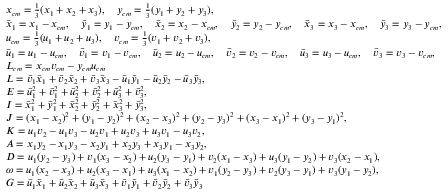
\small \begin{array} { r l } & { x _ { c m } = \frac { 1 } { 3 } ( x _ { 1 } + x _ { 2 } + x _ { 3 } ) , \quad y _ { c m } = \frac { 1 } { 3 } ( y _ { 1 } + y _ { 2 } + y _ { 3 } ) , } \\ & { \Bar { x } _ { 1 } = x _ { 1 } - x _ { c m } , \quad \Bar { y } _ { 1 } = y _ { 1 } - y _ { c m } , \quad \Bar { x } _ { 2 } = x _ { 2 } - x _ { c m } , \quad \Bar { y } _ { 2 } = y _ { 2 } - y _ { c m } , \quad \Bar { x } _ { 3 } = x _ { 3 } - x _ { c m } , \quad \Bar { y } _ { 3 } = y _ { 3 } - y _ { c m } , } \\ & { u _ { c m } = \frac { 1 } { 3 } ( u _ { 1 } + u _ { 2 } + u _ { 3 } ) , \quad v _ { c m } = \frac { 1 } { 3 } ( v _ { 1 } + v _ { 2 } + v _ { 3 } ) , } \\ & { \Bar { u } _ { 1 } = u _ { 1 } - u _ { c m } , \quad \Bar { v } _ { 1 } = v _ { 1 } - v _ { c m } , \quad \Bar { u } _ { 2 } = u _ { 2 } - u _ { c m } , \quad \Bar { v } _ { 2 } = v _ { 2 } - v _ { c m } , \quad \Bar { u } _ { 3 } = u _ { 3 } - u _ { c m } , \quad \Bar { v } _ { 3 } = v _ { 3 } - v _ { c m } , } \\ & { L _ { c m } = x _ { c m } v _ { c m } - y _ { c m } u _ { c m } } \\ & { L = \Bar { v } _ { 1 } \Bar { x } _ { 1 } + \Bar { v } _ { 2 } \Bar { x } _ { 2 } + \Bar { v } _ { 3 } \Bar { x } _ { 3 } - \Bar { u } _ { 1 } \Bar { y } _ { 1 } - \Bar { u } _ { 2 } \Bar { y } _ { 2 } - \Bar { u } _ { 3 } \Bar { y } _ { 3 } , } \\ & { E = \Bar { u } _ { 1 } ^ { 2 } + \Bar { v } _ { 1 } ^ { 2 } + \Bar { u } _ { 2 } ^ { 2 } + \Bar { v } _ { 2 } ^ { 2 } + \Bar { u } _ { 3 } ^ { 2 } + \Bar { v } _ { 3 } ^ { 2 } , } \\ & { I = \Bar { x } _ { 1 } ^ { 2 } + \Bar { y } _ { 1 } ^ { 2 } + \Bar { x } _ { 2 } ^ { 2 } + \Bar { y } _ { 2 } ^ { 2 } + \Bar { x } _ { 3 } ^ { 2 } + \Bar { y } _ { 3 } ^ { 2 } , } \\ & { J = ( x _ { 1 } - x _ { 2 } ) ^ { 2 } + ( y _ { 1 } - y _ { 2 } ) ^ { 2 } + ( x _ { 2 } - x _ { 3 } ) ^ { 2 } + ( y _ { 2 } - y _ { 3 } ) ^ { 2 } + ( x _ { 3 } - x _ { 1 } ) ^ { 2 } + ( y _ { 3 } - y _ { 1 } ) ^ { 2 } , } \\ & { K = u _ { 1 } v _ { 2 } - u _ { 1 } v _ { 3 } - u _ { 2 } v _ { 1 } + u _ { 2 } v _ { 3 } + u _ { 3 } v _ { 1 } - u _ { 3 } v _ { 2 } , } \\ & { A = x _ { 1 } y _ { 2 } - x _ { 1 } y _ { 3 } - x _ { 2 } y _ { 1 } + x _ { 2 } y _ { 3 } + x _ { 3 } y _ { 1 } - x _ { 3 } y _ { 2 } , } \\ & { D = u _ { 1 } ( y _ { 2 } - y _ { 3 } ) + v _ { 1 } ( x _ { 3 } - x _ { 2 } ) + u _ { 2 } ( y _ { 3 } - y _ { 1 } ) + v _ { 2 } ( x _ { 1 } - x _ { 3 } ) + u _ { 3 } ( y _ { 1 } - y _ { 2 } ) + v _ { 3 } ( x _ { 2 } - x _ { 1 } ) , } \\ & { \omega = u _ { 1 } ( x _ { 2 } - x _ { 3 } ) + u _ { 2 } ( x _ { 3 } - x _ { 1 } ) + u _ { 3 } ( x _ { 1 } - x _ { 2 } ) + v _ { 1 } ( y _ { 2 } - y _ { 3 } ) + v _ { 2 } ( y _ { 3 } - y _ { 1 } ) + v _ { 3 } ( y _ { 1 } - y _ { 2 } ) , } \\ & { G = \Bar { u } _ { 1 } \Bar { x } _ { 1 } + \Bar { u } _ { 2 } \Bar { x } _ { 2 } + \Bar { u } _ { 3 } \Bar { x } _ { 3 } + \Bar { v } _ { 1 } \Bar { y } _ { 1 } + \Bar { v } _ { 2 } \Bar { y } _ { 2 } + \Bar { v } _ { 3 } \Bar { y } _ { 3 } } \end{array}